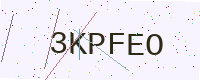
Text: 3KPFEO